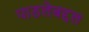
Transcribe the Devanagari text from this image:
पाडलेबद्दल